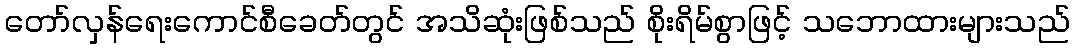
တော်လှန်ရေးကောင်စီခေတ်တွင် အသိဆုံးဖြစ်သည် စိုးရိမ်စွာဖြင့် သဘောထားများသည်